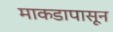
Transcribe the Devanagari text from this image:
माकडापासून